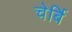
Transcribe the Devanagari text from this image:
चेर्बि